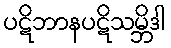
ပဋိဘာနပဋိသမ္ဘိဒါ